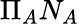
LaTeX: \Pi_{A}N_{A}